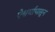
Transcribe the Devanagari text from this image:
ऐश्वर्यापासून